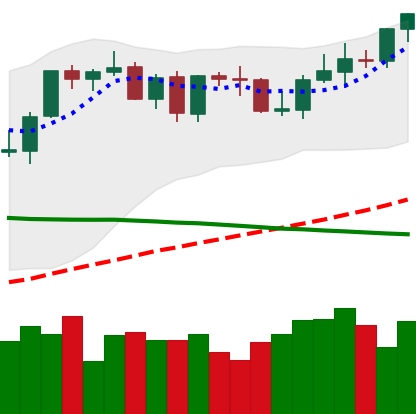
Ticker: BTC-USD
Chart end date: 2021-09-06
Forward return: -14.12%
Label: down_7plus